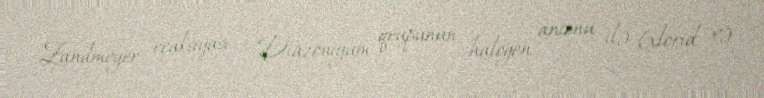
Zandmeyer reaksiyası - Diazoniyum qrupunun halogen anionu ilə (xlorid və